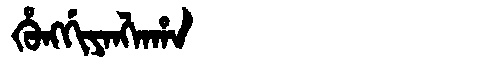
Manchu: ᡥᡠᠩᡤᡳᠶᠠᠩᠯᠠᡥᠠ
Romanization: HUNGGIYANGLAHA